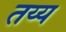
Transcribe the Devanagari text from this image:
तय्य